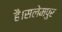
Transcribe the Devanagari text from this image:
है।सलेमपुर